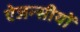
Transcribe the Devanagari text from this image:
ऐजन्सीयों